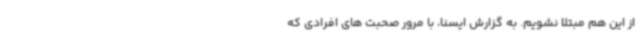
از این هم مبتلا نشویم. به گزارش ایسنا، با مرور صحبت های افرادی که